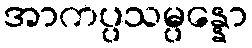
အာကပ္ပသမ္ပန္နော